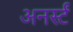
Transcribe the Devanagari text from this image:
अनर्स्टं